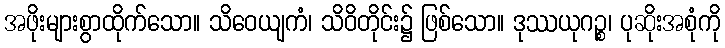
အဖိုးများစွာထိုက်သော။ သိဝေယျကံ၊ သိဝိတိုင်း၌ ဖြစ်သော။ ဒုဿယုဂဉ္စ၊ ပုဆိုးအစုံကို